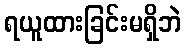
ရယူထားခြင်းမရှိဘဲ